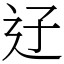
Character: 䢊